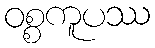
ဝစ္စကူပဿ